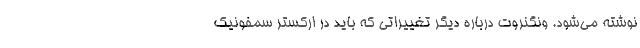
نوشته می‌شود. ونگنروت درباره دیگر تغییراتی که باید در ارکستر سمفونیک